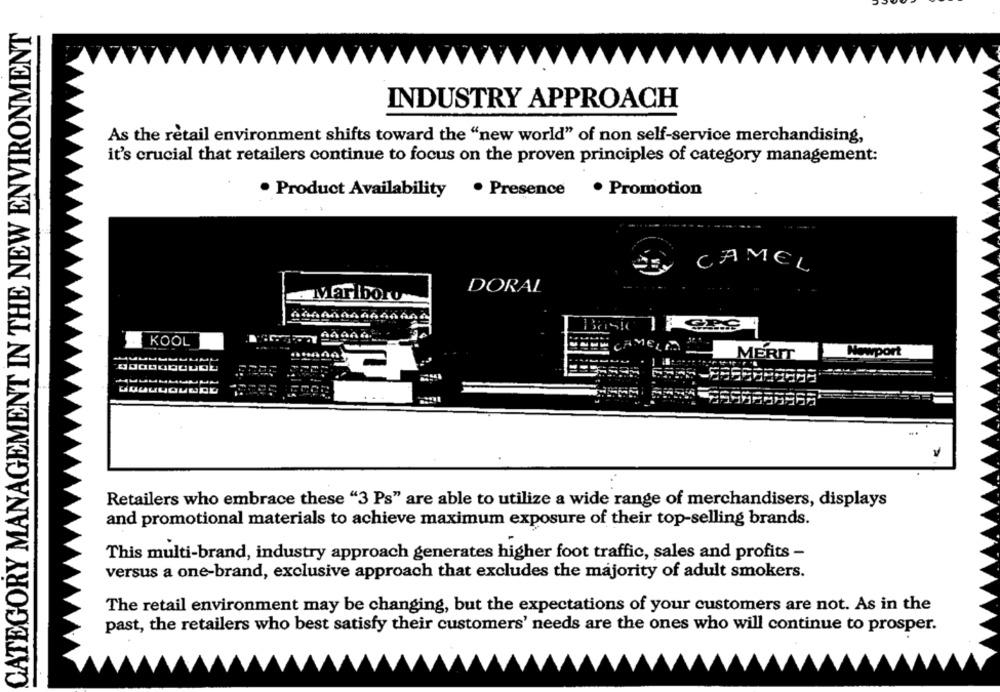
CATEGORY MANAGEMENT IN THE NEW ENVIRONMENT
INDUSTRY APPROACH
As the retail environment shifts toward the "new world" of non self-service merchandising,
it's crucial that retailers continue to focus on the proven principles of category management:
. Product Availability
· Presence
. Promotion
CAMEL
DORAL
Marlboro
KOOL
AMELI
Newport
MERIT
Retailers who embrace these "3 Ps" are able to utilize a wide range of merchandisers, displays
and promotional materials to achieve maximum exposure of their top-selling brands.
This multi-brand, industry approach generates higher foot traffic, sales and profits -
versus a one-brand, exclusive approach that excludes the majority of adult smokers.
The retail environment may be changing, but the expectations of your customers are not. As in the
past, the retailers who best satisfy their customers' needs are the ones who will continue to prosper.